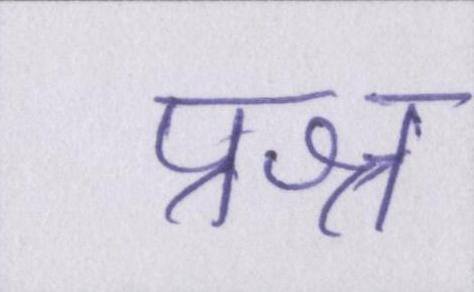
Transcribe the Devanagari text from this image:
प्रश्न